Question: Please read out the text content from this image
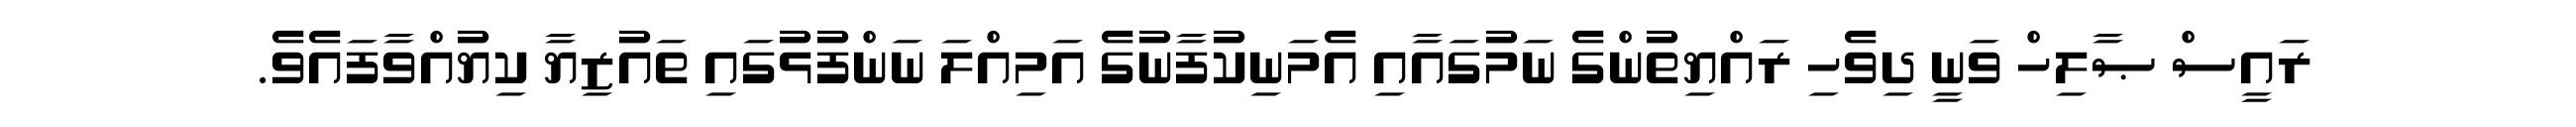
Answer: ރައީސް ޞާލިހް ވަނީ ދިވެހި ރައްޔިތުންގެ ނަމުގައާއި އެމަނިކުފާނުގެ އަމިއްލަ ނަންފުޅުގައި ތައުޒިޔާ ކިޔުއްވާފައެވެ.